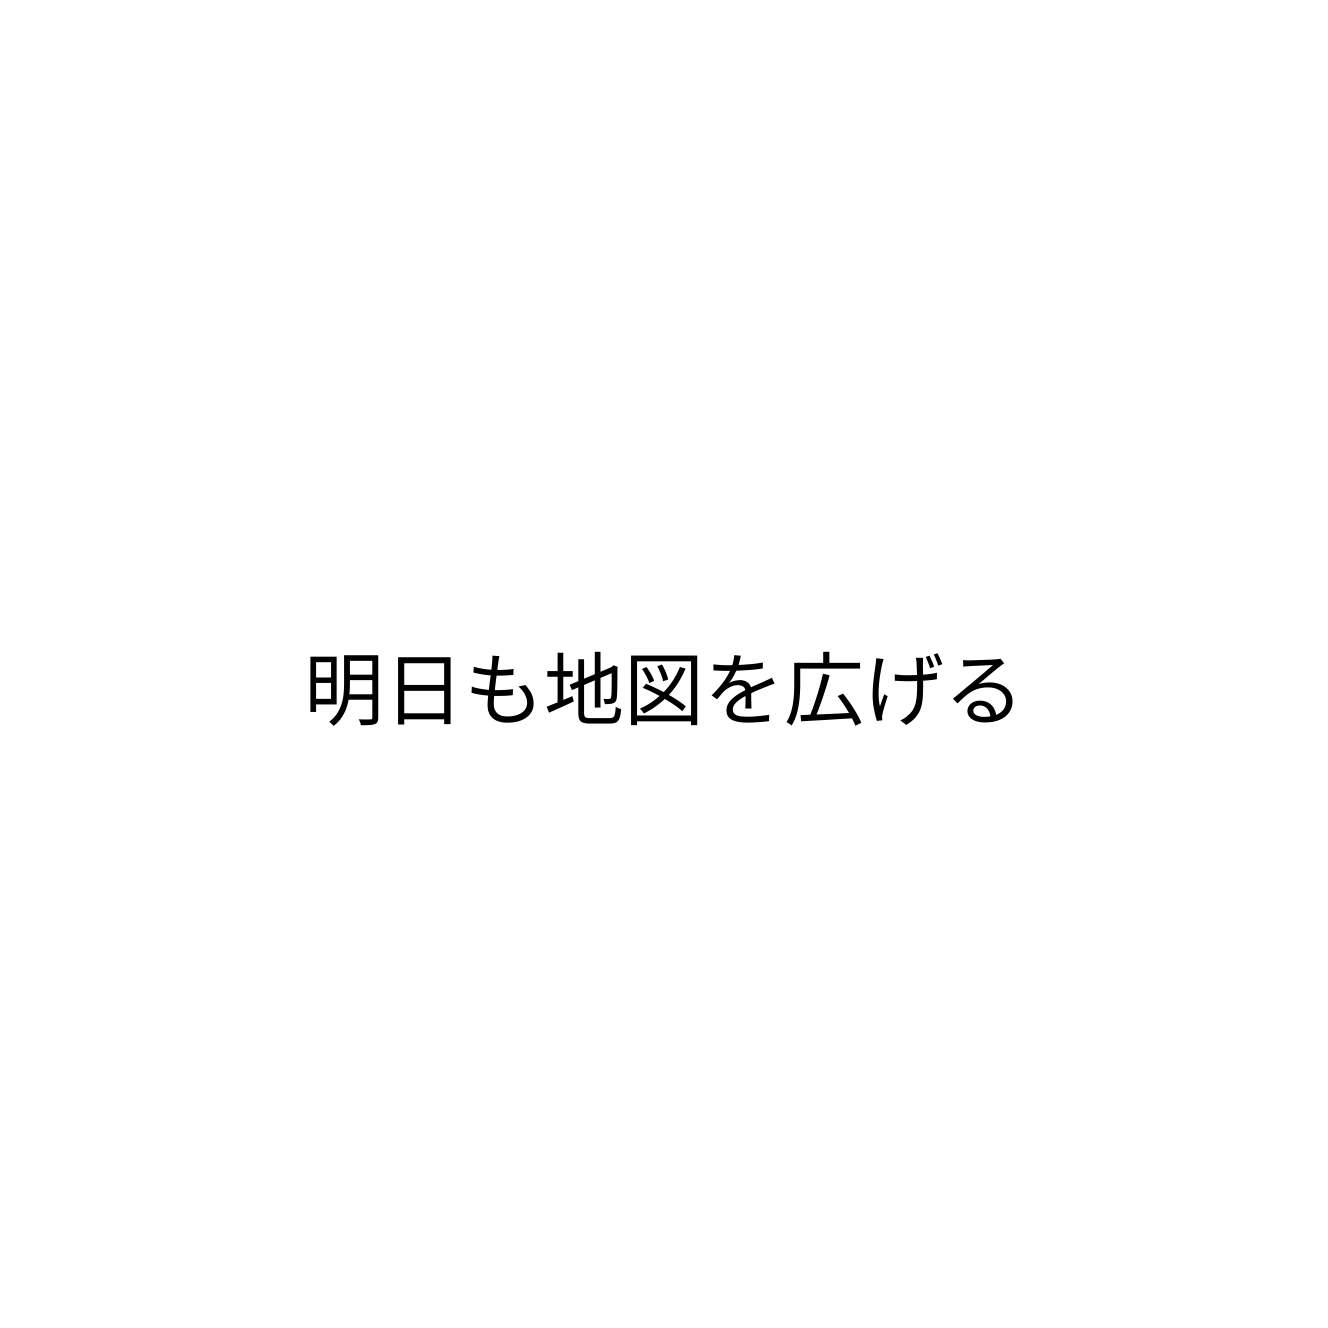
明日も地図を広げる